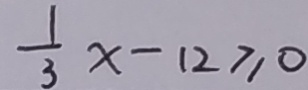
\frac { 1 } { 3 } x - 1 2 \geq 0